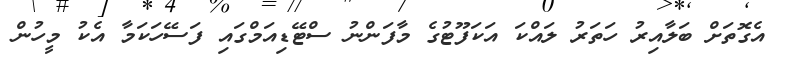
އެގޮތަށް ބަލާއިރު ހަތަރު ލައްކަ އަކަފޫޓުގެ މާފަންނު ސްޓޭޑިއަމްގައި ފަސޭހަކަމާ އެކު މީހުން